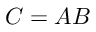
C = A B